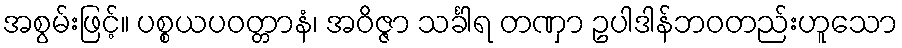
အစွမ်းဖြင့်။ ပစ္စယပဝတ္တာနံ၊ အဝိဇ္ဇာ သင်္ခါရ တဏှာ ဥပါဒါန်ဘဝတည်းဟူသော